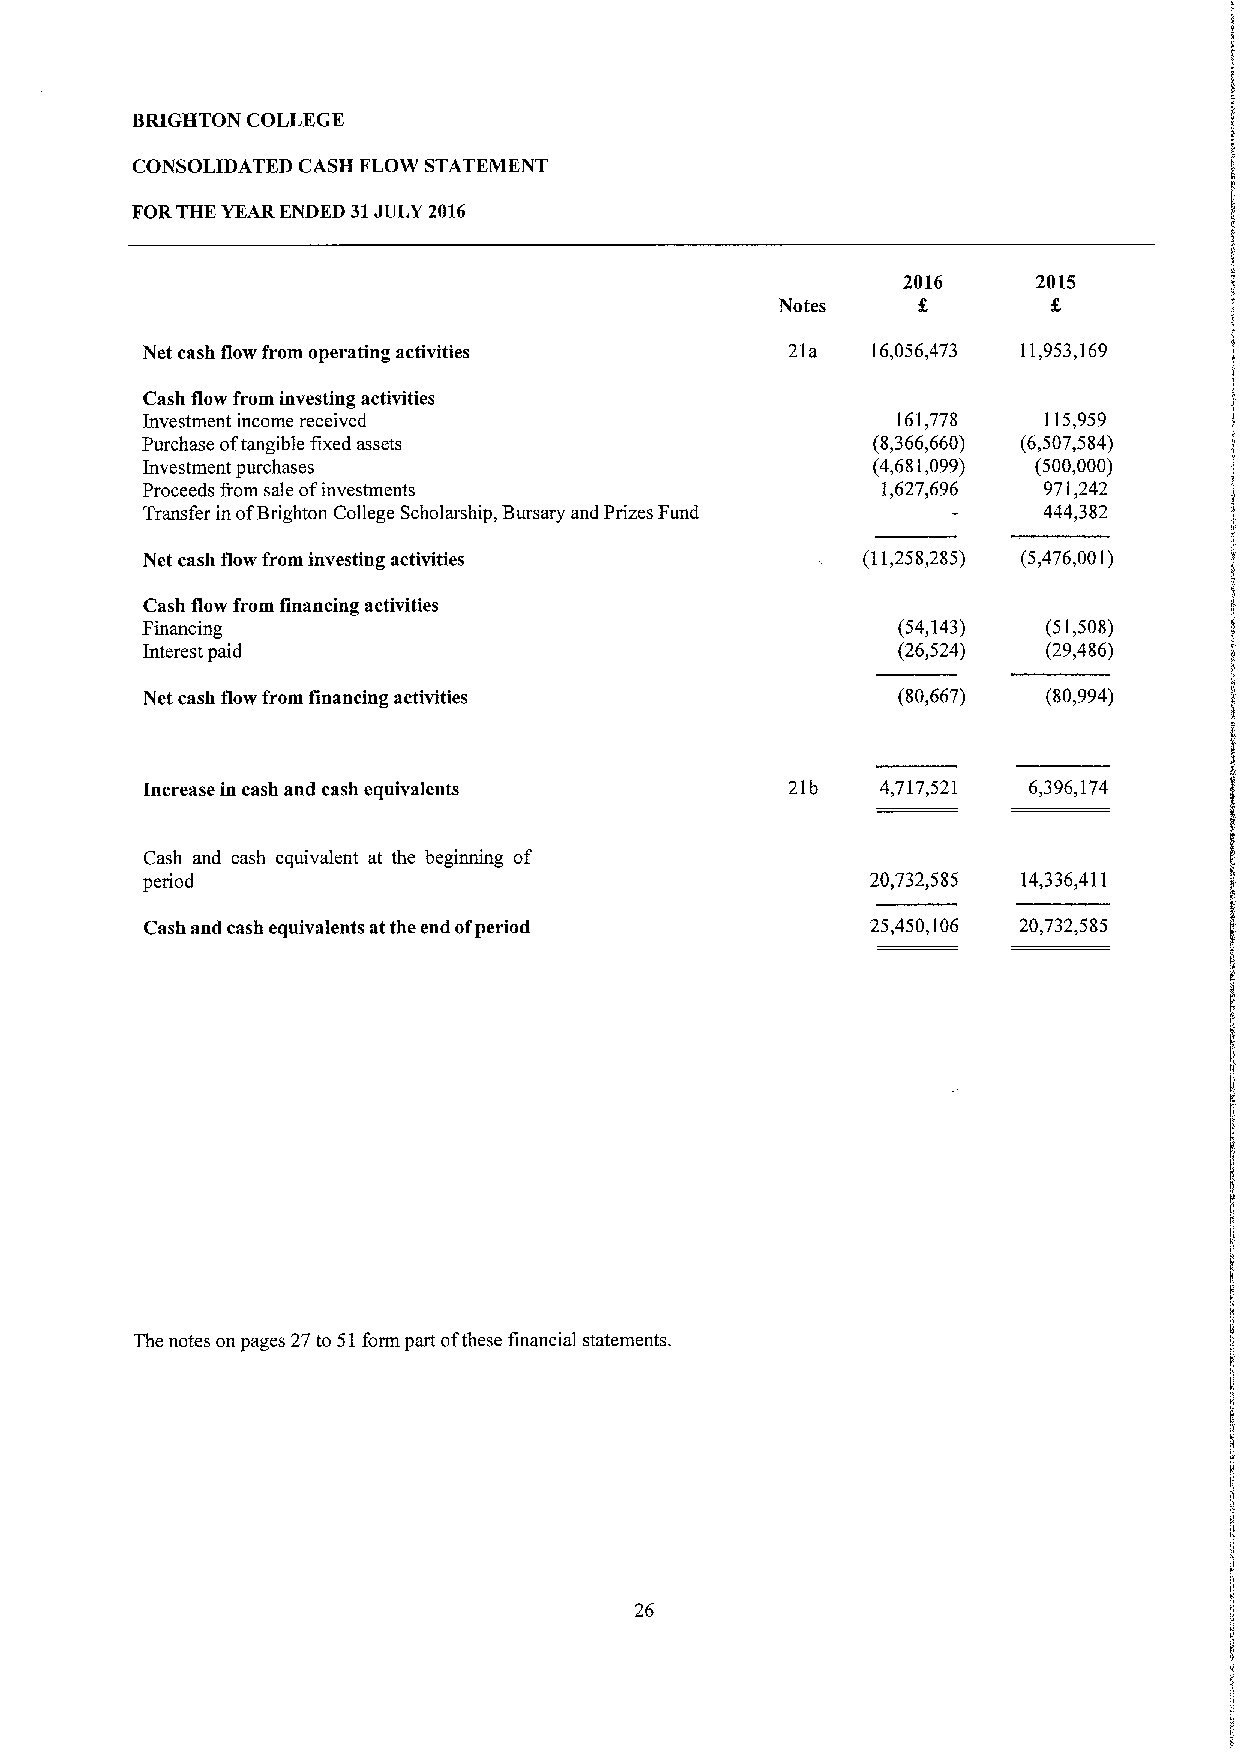
BRIGHTON COLLEGE
 CONSOLIDATED CASH FLOW STATEMENT
 FORTHE YEARENDED 31JULY 2016
 2016     2015
 Notes
 Net cash flow from operating activities    21a   16,056,473 11,953,169
 Cash flow from investing activities
 Investment income received                        161,778   115,959
 Purchase oftangible fixed assets                 (8,366,660) (6,507,584)
 Investment purchases                             (4,681,099) (500,000)
 Proceeds from sale ofinvestments                 1,627,696  971,242
 Transfer in ofBrighton College Scholarship, Bursary and Prizes Fund 444,382
 Net cash flow from investing activities         (11,258,285) (5,476,001)
 Cash flow from financing activities
 Financing                                         (54,143)  (5],508)
 Interest paid                                     (26,524)  (29,486)
 Net cash flow from financing activities           (80,667)  (80,994)
 Increase in cash and cash equivalents      21b   4,717,521 6,396,174
 Cash and cash equivalent at the beginning of
 period                                           20,732,585 14,336,411
 Cash and cash equivalents atthe end ofperiod    25,450,106 20,732,585
 The notes on pages 27to 51form part ofthese financial statements.
 26